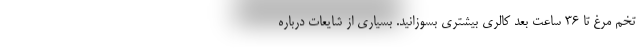
تخم مرغ تا 36 ساعت بعد کالری بیشتری بسوزانید. بسیاری از شایعات درباره